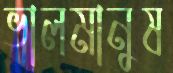
ভালমানুষ